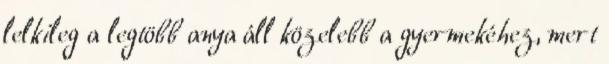
lelkileg a legtöbb anya áll közelebb a gyermekéhez, mert